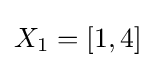
X_{1}=[1,4]